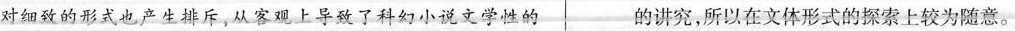
对细致的形式也产生排斥，从客观上导致了科幻小说文学性的 的讲究,所以在文体形式的探索上较为随意。